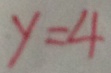
y = 4